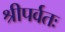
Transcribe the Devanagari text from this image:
श्रीपर्वतः